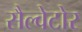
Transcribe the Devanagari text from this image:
सैल्वेटोर